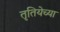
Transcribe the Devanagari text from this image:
तृतियेच्या